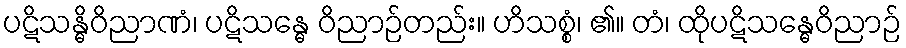
ပဋိသန္ဓိဝိညာဏံ၊ ပဋိသန္ဓေ ဝိညာဉ်တည်း။ ဟိသစ္စံ၊ ၏။ တံ၊ ထိုပဋိသန္ဓေဝိညာဉ်